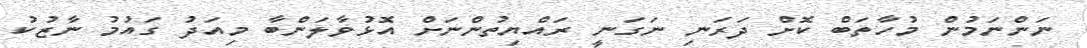
ނަންނަމުން މުހާތަބް ކޮށް ދަރަނި ނަގަނީ ރައްޔިތުންނަށް އޮޅުވާލަންބާ މިއަދު ގައުމު ނާޒުކު